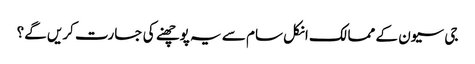
جی سیون کے ممالک انکل سام سے یہ پوچھنے کی جسارت کریں گے؟